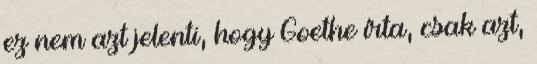
ez nem azt jelenti, hogy Goethe írta, csak azt,